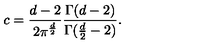
c = { \frac { d - 2 } { 2 \pi ^ { \frac { d } { 2 } } } } { \frac { \Gamma ( d - 2 ) } { \Gamma ( { \frac { d } { 2 } } - 2 ) } } .